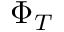
\Phi _ { T }